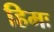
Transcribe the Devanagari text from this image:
हिमः